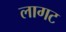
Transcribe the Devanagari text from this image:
लागट